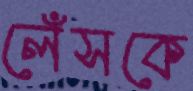
লেঁসকে